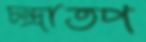
চন্দ্রাতপ